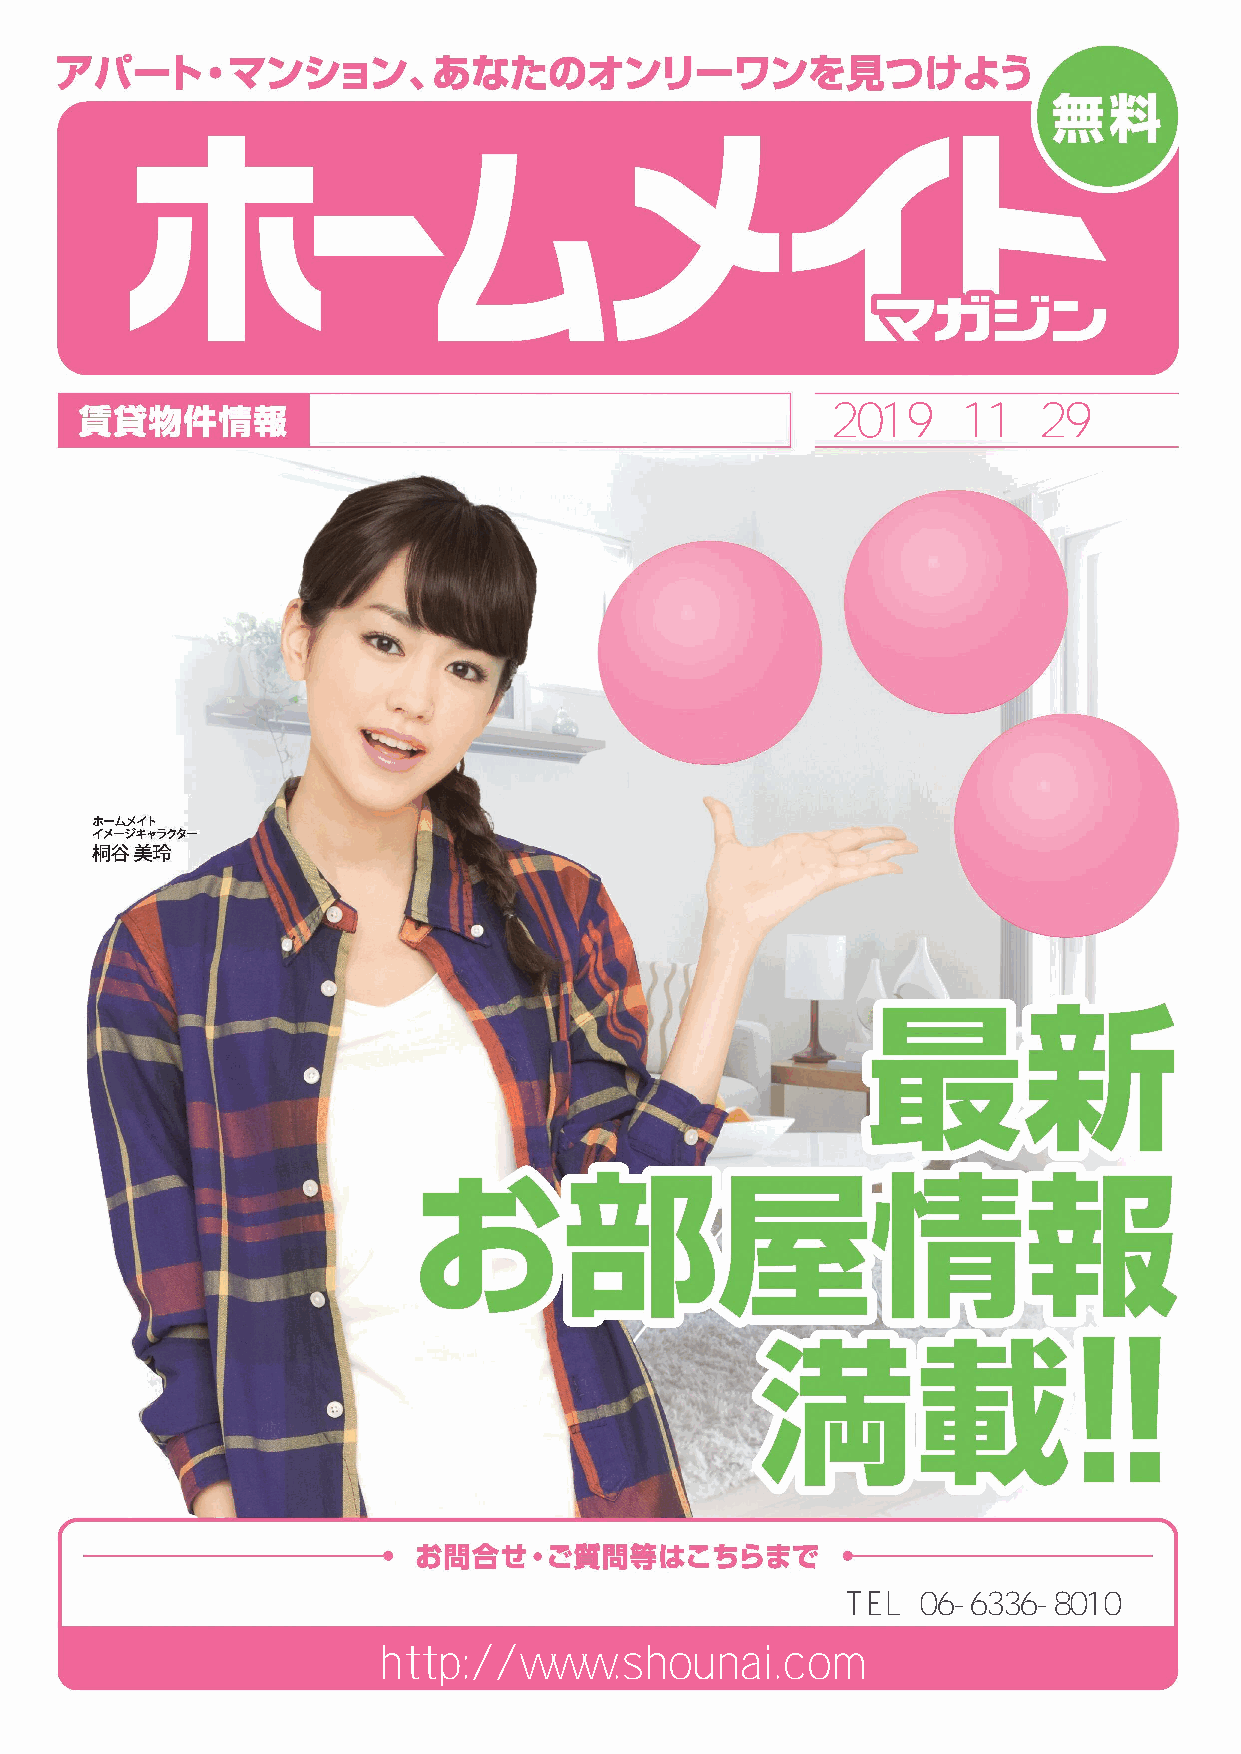
2019     11   29
 アパート・マンション・戸建                                     発行
 ●    ●
 見やすい
 きめ細かな           大きな間取図
 物件情報
 イメージ広がる
 外観写真
 ホームメイトＦＣ庄内駅前店                                     TEL：06-6336-8010
 http://www.shounai.com